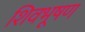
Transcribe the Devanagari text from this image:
शिवभूषण